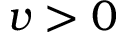
v > 0